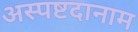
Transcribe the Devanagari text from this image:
अस्पष्टदानाम